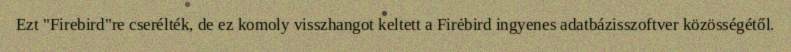
Ezt "Firebird"re cserélték, de ez komoly visszhangot keltett a Firebird ingyenes adatbázisszoftver közösségétől.